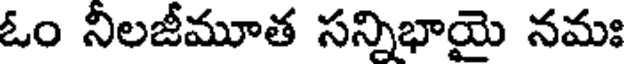
ఓం నీలజీమూత సన్నిభాయై నమః